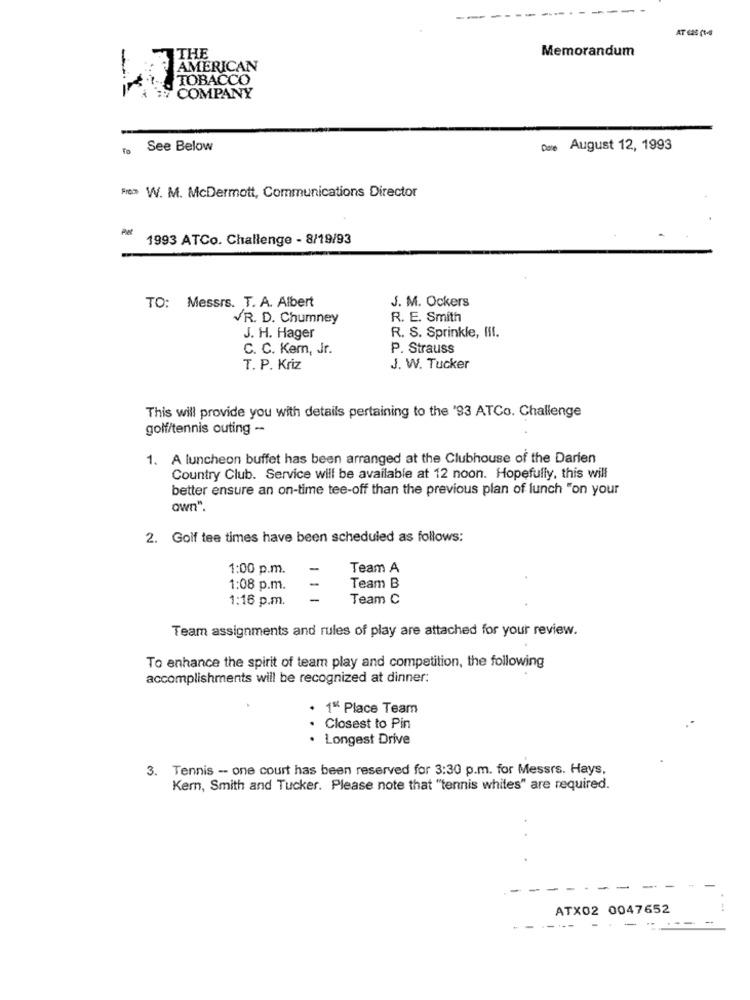
.-
AT 625 (1-48
Memorandum
THE
AMERICAN
TOBACCO
COMPANY
To See Below
Date August 12, 1993
From W. M. McDermott, Communications Director
1993 ATCo. Challenge - 8/19/93
J. M. Ockers
TO: Messrs. T. A. Albert
VR. D. Chumney
R. E. Smith
J. H. Hager
R. S. Sprinkle, III.
C. C. Kem, Jr.
P. Strauss
T. P. Kriz
J. W. Tucker
This will provide you with details pertaining to the '93 ATCo. Challenge
golf/tennis outing --
1. A luncheon buffet has been arranged at the Clubhouse of the Darien
Country Club. Service will be available at 12 noon. Hopefully, this will
better ensure an on-time tee-off than the previous plan of lunch "on your
own".
2. Golf tee times have been scheduled as follows:
1:00 p.m.
Team A
1:08 p.m.
Team B
1:16 p.m.
Team C
Team assignments and rules of play are attached for your review.
To enhance the spirit of team play and competition, the following
accomplishments will be recognized at dinner:
. 1% Place Team
Closest to Pin
· Longest Drive
3. Tennis -- one court has been reserved for 3:30 p.m. for Messrs. Hays,
Kern, Smith and Tucker. Please note that "tennis whites" are required.
-
-
ATX02 0047652
----